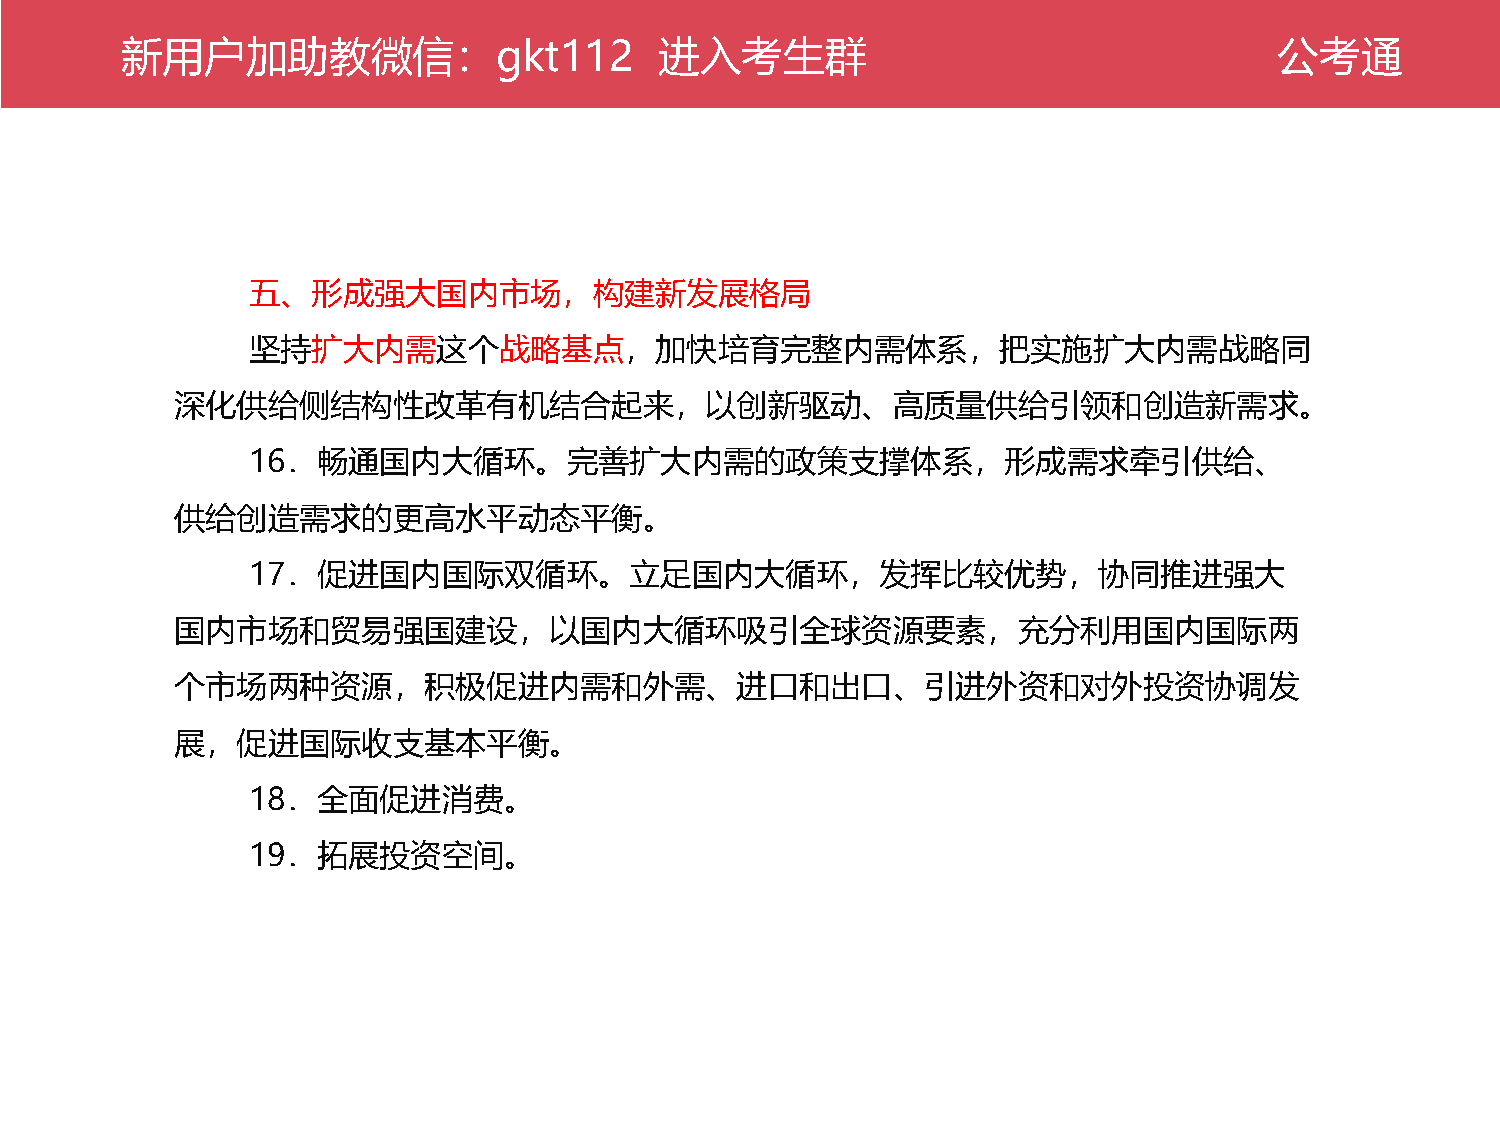
新公用考户通加助教微信：gkt112                  进入考生群                                    公考通
 五、形成强大国内市场，构建新发展格局
 坚持扩大内需这个战略基点，加快培育完整内需体系，把实施扩大内需战略同
 深化供给侧结构性改革有机结合起来，以创新驱动、高质量供给引领和创造新需求。
 16．畅通国内大循环。完善扩大内需的政策支撑体系，形成需求牵引供给、
 供给创造需求的更高水平动态平衡。
 17．促进国内国际双循环。立足国内大循环，发挥比较优势，协同推进强大
 国内市场和贸易强国建设，以国内大循环吸引全球资源要素，充分利用国内国际两
 个市场两种资源，积极促进内需和外需、进口和出口、引进外资和对外投资协调发
 展，促进国际收支基本平衡。
 18．全面促进消费。
 19．拓展投资空间。